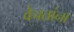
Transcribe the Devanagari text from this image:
वेचतांना